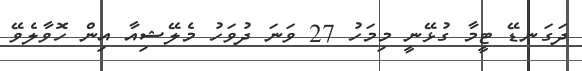
ދަގަނޑޭ ޓީމާ ގުޅޭނީ މިމަހު 27 ވަނަ ދުވަހު މެލޭޝިއާ އިން ހޮވާލެވޭ